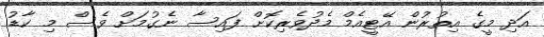
އަދި މީގެ އިތުރުން އޭޓީއެމް މެދުވެރިކޮށް ފައިސާ ނެގުމަށް ވެސް މި ކާޑު